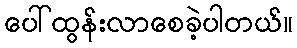
ပေါ်ထွန်းလာစေခဲ့ပါတယ်။